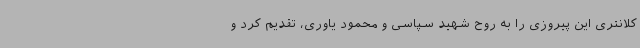
کلانتری این پیروزی را به روح شهید سپاسی و محمود یاوری، تقدیم کرد و